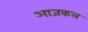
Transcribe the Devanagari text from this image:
अाजकल